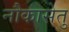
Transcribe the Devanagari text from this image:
नौकासेतु